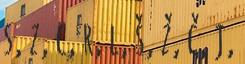
s, z, c, r, l, š, ž, č, j,